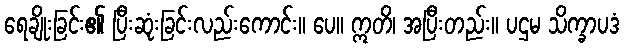
ရေချိုးခြင်း၏ ပြီးဆုံးခြင်းလည်းကောင်း။ ပေ။ ဣတိ၊ အပြီးတည်း။ ပဌမ သိက္ခာပဒံ